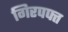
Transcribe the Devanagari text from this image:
गिरपफ्त